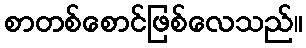
စာတစ်စောင်ဖြစ်လေသည်။